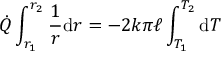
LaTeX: { \dot { Q } } \int _ { r _ { 1 } } ^ { r _ { 2 } } { \frac { 1 } { r } } \mathrm { d } r = - 2 k \pi \ell \int _ { T _ { 1 } } ^ { T _ { 2 } } \mathrm { d } T